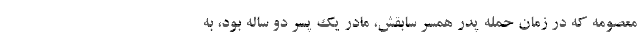
معصومه که در زمان حمله پدر همسر سابقش، مادر یک پسر دو ساله بود، به